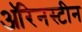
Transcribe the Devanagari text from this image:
ऑरेनस्टीन